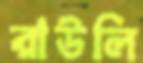
রাউলি